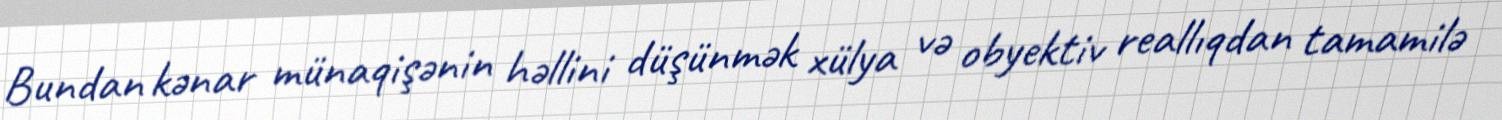
Bundan kənar münaqişənin həllini düşünmək xülya və obyektiv reallıqdan tamamilə